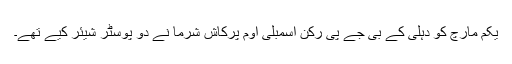
یکم مارچ کو دہلی کے بی جے پی رکن اسمبلی اوم پرکاش شرما نے دو پوسٹر شیئر کیے تھے۔